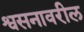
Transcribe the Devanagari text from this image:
श्वसनावरील